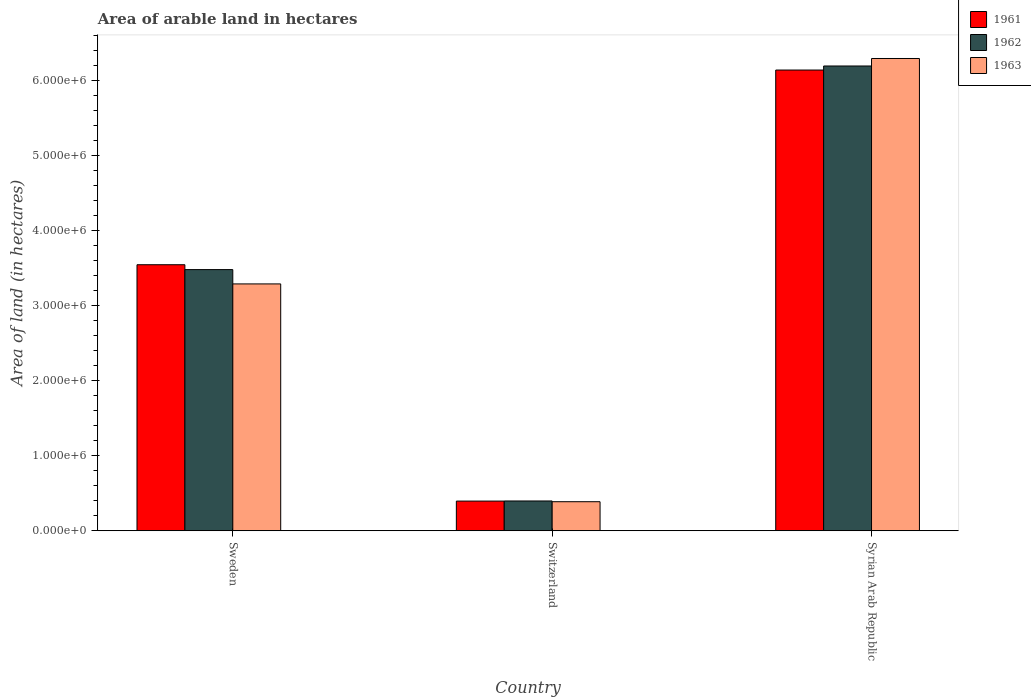
| Country | 1961 | 1962 | 1963 |
 | --- | --- | --- | --- |
 | Sweden | 3.55e+06 | 3.48e+06 | 3.29e+06 |
 | Switzerland | 3.96e+05 | 3.98e+05 | 3.88e+05 |
 | Syrian Arab Republic | 6.15e+06 | 6.2e+06 | 6.3e+06 |